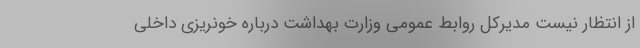
از انتظار نیست مدیرکل روابط عمومی وزارت بهداشت درباره خونریزی داخلی